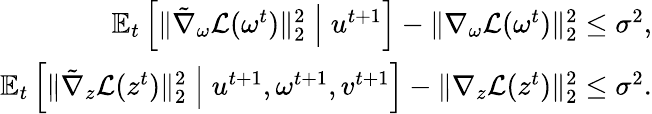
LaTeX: \begin{array}{r}{\mathbb{E}_{t}\left[\| \tilde{\nabla}_{\omega}\mathcal{L}(\omega^{t})\| _{2}^{2}\; \middle|\; u^{t+1}\right]-\| \nabla_{\omega}\mathcal{L}(\omega^{t})\| _{2}^{2}\leq\sigma^{2},}\\ {\mathbb{E}_{t}\left[\| \tilde{\nabla}_{z}\mathcal{L}(z^{t})\| _{2}^{2}\; \middle|\; u^{t+1},\omega^{t+1},v^{t+1}\right]-\| \nabla_{z}\mathcal{L}(z^{t})\| _{2}^{2}\leq\sigma^{2}.}\end{array}